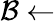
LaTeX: \mathcal{B}\leftarrow